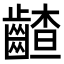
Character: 𪙁